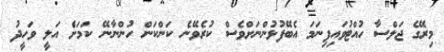
މިރޭގެ ޖަލްސާ ހުއްޓުވައިފިނަމަ އެބޭފުޅުންނަށްވެސް ކުރެވޭނެ ކަންކަން ހުންނާނޭ ކަމަށެް އަލީ ވަހީދު